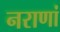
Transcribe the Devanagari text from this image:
नराणां